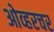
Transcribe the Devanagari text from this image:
ओव्हरचर